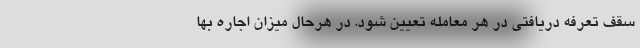
سقف تعرفه دریافتی در هر معامله تعیین شود. در هرحال میزان اجاره بها